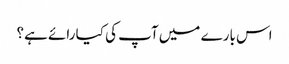
اس بارے میں آپ کی کیا رائے ہے؟